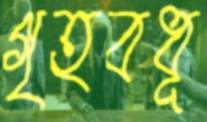
গৃহবধূ